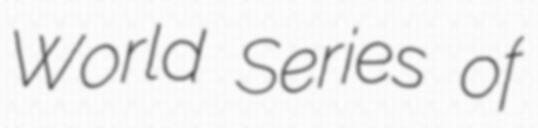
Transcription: World Series of